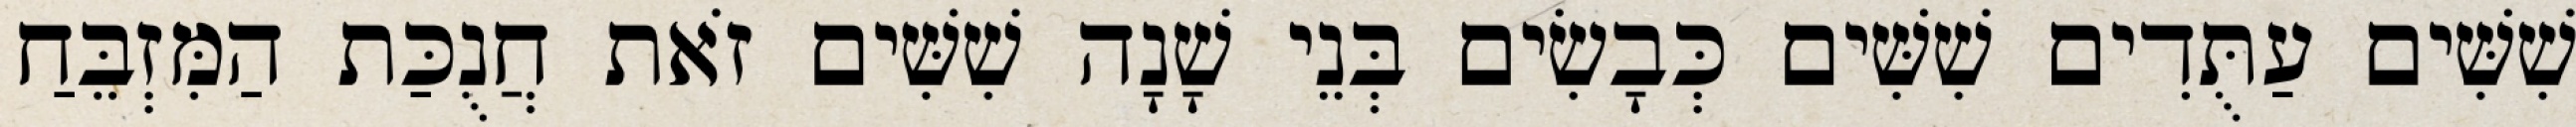
שִׁשִּׁים עַתֻּדִים שִׁשִּׁים כְּבָשִׂים בְּנֵי שָׁנָה שִׁשִּׁים זֹאת חֲנֻכַּת הַמִּזְבֵּחַ